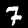
Label: 7